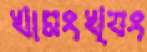
খামংখ্যং